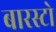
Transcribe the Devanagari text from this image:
बारस्टो